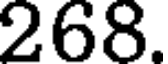
268.